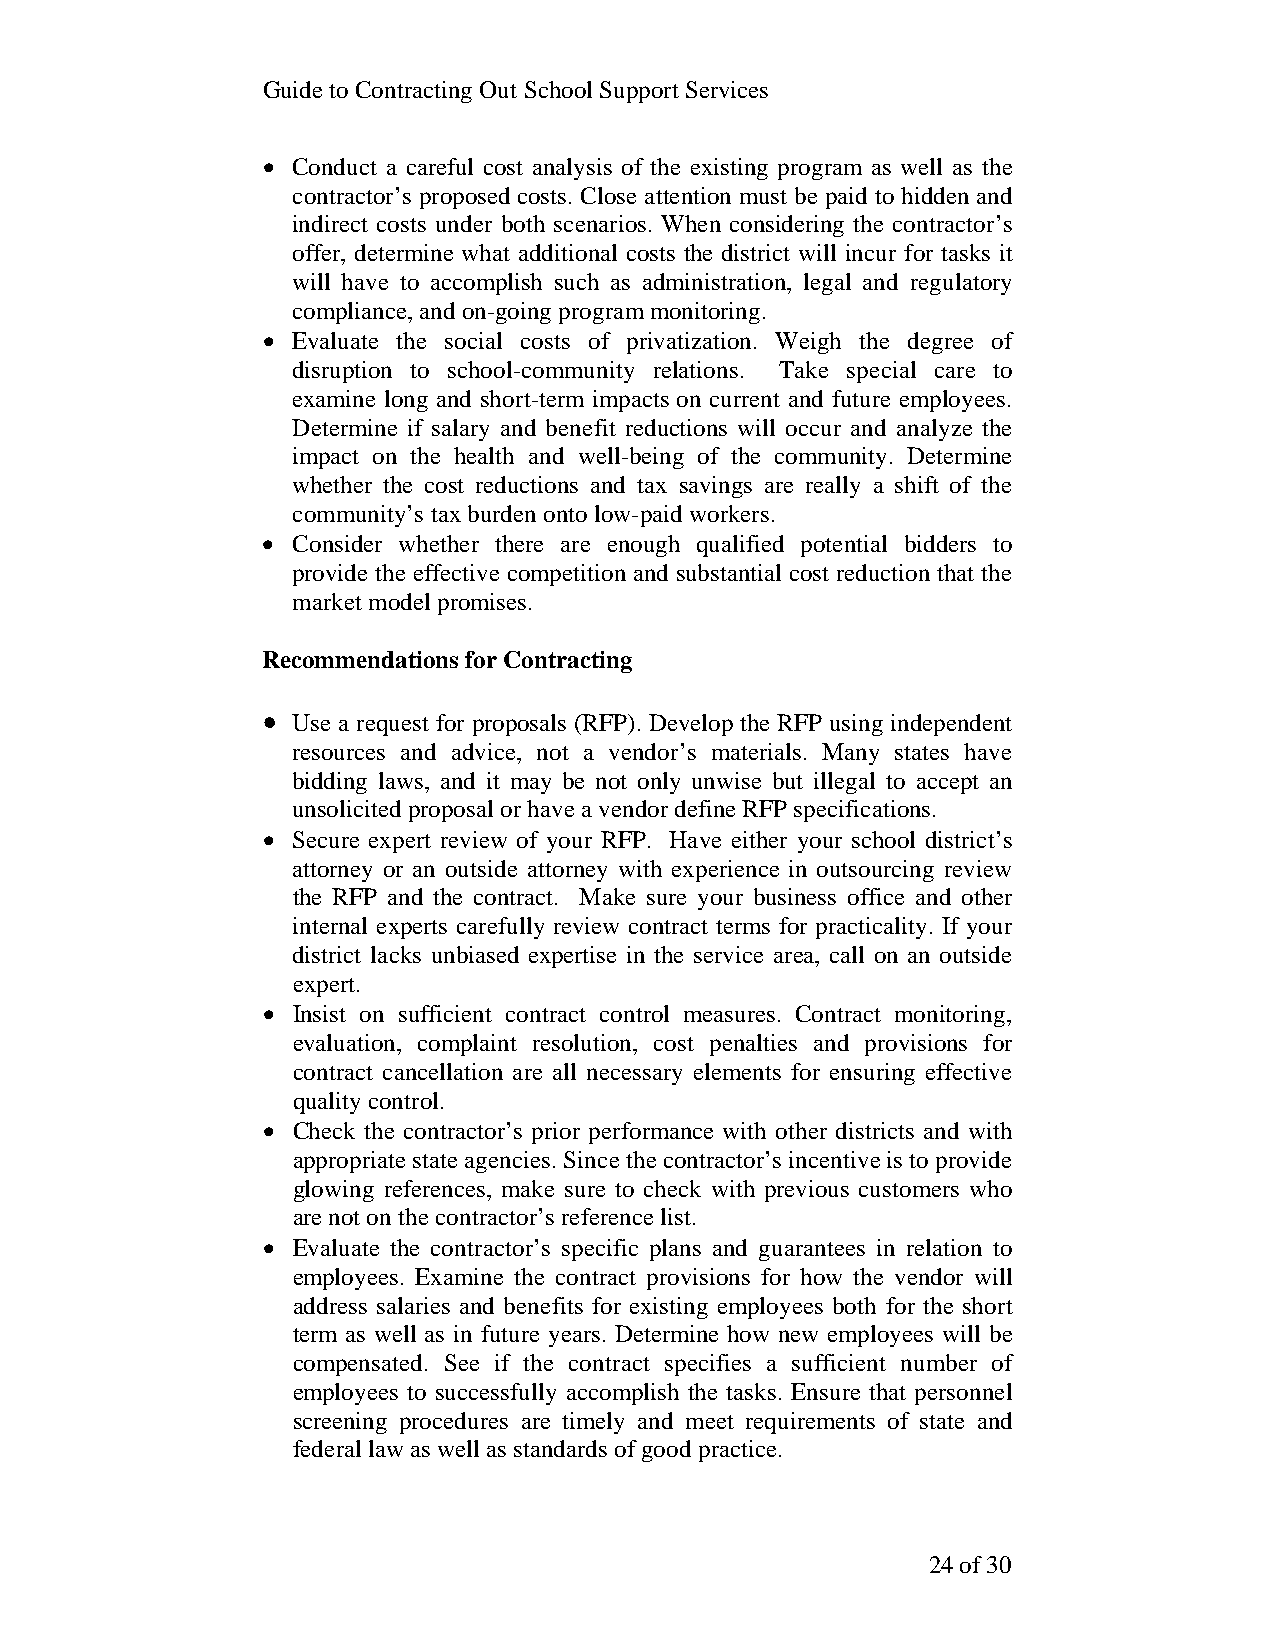
Guide to Contracting Out School Support Services
 • Conduct a careful cost analysis of the existing program as well as the
 contractor’s proposed costs. Close attention must be paid to hidden and
 indirect costs under both scenarios. When considering the contractor’s
 offer, determine what additional costs the district will incur for tasks it
 will have to accomplish such as administration, legal and regulatory
 compliance, and on-going program monitoring.
 • Evaluate the social costs of privatization. Weigh the degree of
 disruption to school-community relations. Take special care to
 examine long and short-term impacts on current and future employees.
 Determine if salary and benefit reductions will occur and analyze the
 impact on the health and well-being of the community. Determine
 whether the cost reductions and tax savings are really a shift of the
 community’s tax burden onto low-paid workers.
 • Consider whether there are enough qualified potential bidders to
 provide the effective competition and substantial cost reduction that the
 market model promises.
 Recommendations for Contracting
 • Use a request for proposals (RFP). Develop the RFP using independent
 resources and advice, not a vendor’s materials. Many states have
 bidding laws, and it may be not only unwise but illegal to accept an
 unsolicited proposal or have a vendor define RFP specifications.
 • Secure expert review of your RFP. Have either your school district’s
 attorney or an outside attorney with experience in outsourcing review
 the RFP and the contract. Make sure your business office and other
 internal experts carefully review contract terms for practicality. If your
 district lacks unbiased expertise in the service area, call on an outside
 expert.
 • Insist on sufficient contract control measures. Contract monitoring,
 evaluation, complaint resolution, cost penalties and provisions for
 contract cancellation are all necessary elements for ensuring effective
 quality control.
 • Check the contractor’s prior performance with other districts and with
 appropriate state agencies. Since the contractor’s incentive is to provide
 glowing references, make sure to check with previous customers who
 are not on the contractor’s reference list.
 • Evaluate the contractor’s specific plans and guarantees in relation to
 employees. Examine the contract provisions for how the vendor will
 address salaries and benefits for existing employees both for the short
 term as well as in future years. Determine how new employees will be
 compensated. See if the contract specifies a sufficient number of
 employees to successfully accomplish the tasks. Ensure that personnel
 screening procedures are timely and meet requirements of state and
 federal law as well as standards of good practice.
 24 of 30